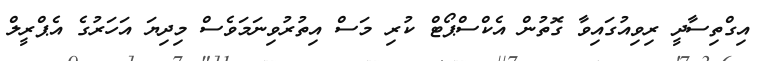
އިގްތިސާދީ ރިވިއުގައިވާ ގޮތުން އެކްސްޕޯޓް ކުރި މަސް އިތުރުވިނަމަވެސް މިދިޔަ އަހަރުގެ އެޕްރީލް